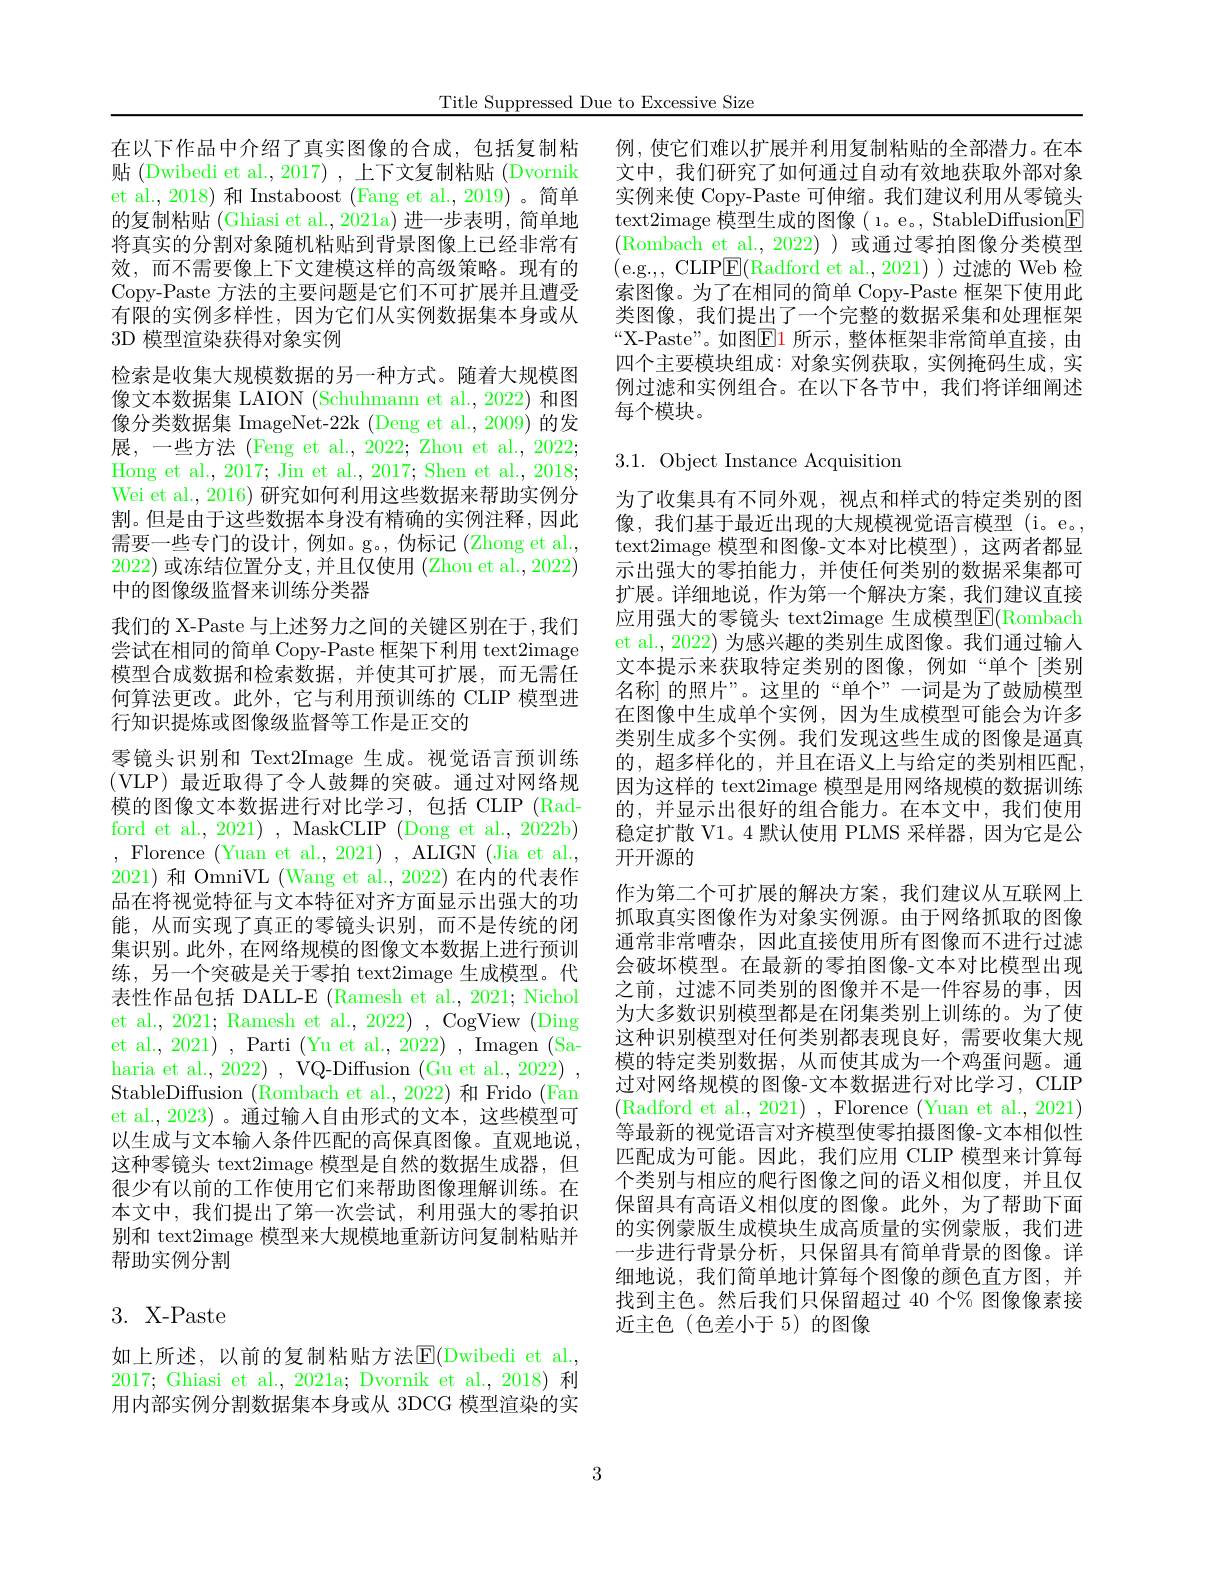
Title Suppressed Due to Excessive Size

有限的实例多样性，因为它们从实例数据集本身或从
3D 模型渲染获得对象实例

在以下作品中介绍了真实图像的合成，包括复制粘贴(Dwibedi et al., 2017) ,上下文复制粘贴 (Dvornik et al.,2018) 和 Instaboost (Fang et al.,2019)。简单的复制粘贴 (Ghiasi et al., 2021a) 进一步表明，简单地将真实的分割对象随机粘贴到背景图像上已经非常有效，而不需要像上下文建模这样的高级策略。现有的Copy-Paste 方法的主要问题是它们不可扩展并且遭受检索是收集大规模数据的另一种方式。随着大规模图像文本数据集 LAION (Schuhmann et al.,2022) 和图像分类数据集 ImageNet-22k (Deng et al., 2009) 的发展，一些方法 (Feng et al., 2022; Zhou et al., 2022; Hong et al., 2017; Jin et al., 2017; Shen et al., 2018; Wei et al., 2016) 研究如何利用这些数据来帮助实例分割。但是由于这些数据本身没有精确的实例注释，因此需要一些专门的设计，例如。g。,伪标记(Zhong et al., 2022)或冻结位置分支，并且仅使用 (Zhou et al., 2022) 中的图像级监督来训练分类器
我们的 X-Paste 与上述努力之间的关键区别在于，我们尝试在相同的简单 Copy-Paste 框架下利用 text2image 模型合成数据和检索数据，并使其可扩展，而无需任何算法更改。此外，它与利用预训练的 CLIP 模型进行知识提炼或图像级监督等工作是正交的
零镜头识别和 Text2Image 生成。视觉语言预训练(VLP)最近取得了令人鼓舞的突破。通过对网络规模的图像文本数据进行对比学习，包括 CLIP (Radford et al., 2021) , MaskCLIP (Dong et al., 2022b) $,{\mathrm{~Florence~(Yuan~et~al.,~2021)~,~ALIGN~(Jia~et~al.,}}$ 2021)和 OmniVL (Wang et al., 2022) 在内的代表作品在将视觉特征与文本特征对齐方面显示出强大的功能，从而实现了真正的零镜头识别，而不是传统的闭集识别。此外，在网络规模的图像文本数据上进行预训练，另一个突破是关于零拍 text2image 生成模型。代表性作品包括 DALL-E (Ramesh et al., 2021; Nichol et al., 2021; Ramesh et al., 2022) , CogView (Ding et al., 2021) , Parti (Yu et al., 2022) , Imagen (Saharia et al., 2022) , VQ-Diffusion (Gu et al., 2022) , StableDiffusion ( Rombach et al. , 2022) 和 Frido (Fan et al., 2023) 。通过输入自由形式的文本，这些模型可以生成与文本输入条件匹配的高保真图像。直观地说， 这种零镜头 text2image 模型是自然的数据生成器，但很少有以前的工作使用它们来帮助图像理解训练。在本文中，我们提出了第一次尝试，利用强大的零拍识别和 text2image 模型来大规模地重新访问复制粘贴并帮助实例分割

# 3. X-Paste

如上所述，以前的复制粘贴方法$\operatorname{E}($Dwibedi et al., 2017; Ghiasi et al., 2021a; Dvornik et al., 2018) 利用内部实例分割数据集本身或从 3DCG 模型渲染的实

例，使它们难以扩展并利用复制粘贴的全部潜力。在本文中，我们研究了如何通过自动有效地获取外部对象实例来使 Copy-Paste 可伸缩。我们建议利用从零镜头text2image 模型生成的图像( l。e。, StableDiffusion[F] (Rombach et al.,2022))或通过零拍图像分类模型(e.g., CLIP$\underline{\mathrm{E}}($Radford et al.,2021))过滤的 Web 检索图像。为了在相同的简单 Copy-Paste 框架下使用此类图像，我们提出了一个完整的数据采集和处理框架“X-Paste”。如图$\operatorname{El}$ 所示，整体框架非常简单直接，由四个主要模块组成：对象实例获取，实例掩码生成，实例过滤和实例组合。在以下各节中，我们将详细阐述每个模块。

3.1. Object Instance Acquisition

为了收集具有不同外观，视点和样式的特定类别的图像，我们基于最近出现的大规模视觉语言模型(i。e。, text2image 模型和图像-文本对比模型),这两者都显示出强大的零拍能力，并使任何类别的数据采集都可扩展。详细地说，作为第一个解决方案，我们建议直接应用强大的零镜头 text2image 生成模型E$( Rombach$ et al., 2022) 为感兴趣的类别生成图像。我们通过输人文本提示来获取特定类别的图像，例如“单个[类别名称] 的照片”。这里的“单个”一词是为了鼓励模型在图像中生成单个实例，因为生成模型可能会为许多类别生成多个实例。我们发现这些生成的图像是逼真的，超多样化的，并且在语义上与给定的类别相匹配， 因为这样的 text2image 模型是用网络规模的数据训练的，并显示出很好的组合能力。在本文中，我们使用稳定扩散 V1。4 默认使用 PLMS 采样器，因为它是公开开源的
作为第二个可扩展的解决方案，我们建议从互联网上抓取真实图像作为对象实例源。由于网络抓取的图像通常非常嘈杂，因此直接使用所有图像而不进行过滤会破坏模型。在最新的零拍图像-文本对比模型出现之前，过滤不同类别的图像并不是一件容易的事，因为大多数识别模型都是在闭集类别上训练的。为了使这种识别模型对任何类别都表现良好，需要收集大规模的特定类别数据，从而使其成为一个鸡蛋问题。通过对网络规模的图像-文本数据进行对比学习，CLIP (Radford et al., 2021) , Florence (Yuan et al., 2021) 等最新的视觉语言对齐模型使零拍摄图像-文本相似性匹配成为可能。因此，我们应用 CLIP 模型来计算每个类别与相应的爬行图像之间的语义相似度，并且仅保留具有高语义相似度的图像。此外，为了帮助下面的实例蒙版生成模块生成高质量的实例蒙版，我们进一步进行背景分析，只保留具有简单背景的图像。详细地说，我们简单地计算每个图像的颜色直方图，并找到主色。然后我们只保留超过 40 个% 图像像素接近主色(色差小于 5)的图像

3